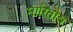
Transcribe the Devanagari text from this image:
मारितोय